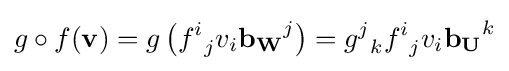
g\circ f(\mathbf {v} )=g\left({f^{i}}_{j}v_{i}\mathbf {b_{W}} ^{j}\right)={g^{j}}_{k}{f^{i}}_{j}v_{i}\mathbf {b_{U}} ^{k}